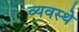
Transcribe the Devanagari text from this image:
व्यवस्थे